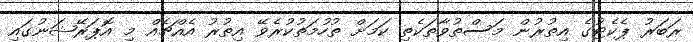
ރަބަރު ޕެކެޓުގެ އިތުރުން މަސްތުވާތަކެތި ކަމަށް ތުހުމަތުކުރެވޭ އިތުރު އެއްޗެއް މި އޮޕަރޭޝަނުގައި